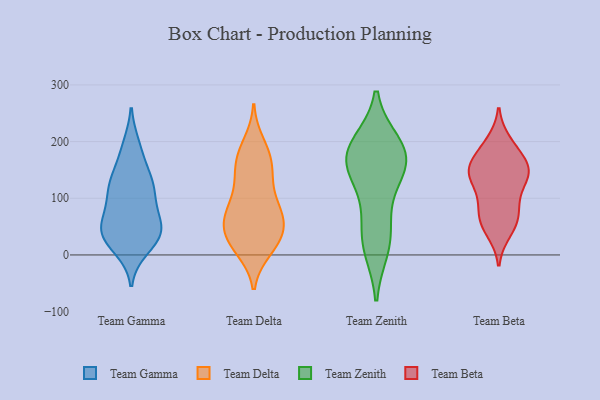
{"axis": {"x": "Population (Million)", "y": "Value"}, "legend": ["Team Beta", "Team Delta", "Team Gamma", "Team Zenith"], "data": [{"x": "", "y": 12, "type": "Team Gamma"}, {"x": "", "y": 139, "type": "Team Gamma"}, {"x": "", "y": 122, "type": "Team Gamma"}, {"x": "", "y": 40, "type": "Team Gamma"}, {"x": "", "y": 130, "type": "Team Gamma"}, {"x": "", "y": 25, "type": "Team Gamma"}, {"x": "", "y": 192, "type": "Team Gamma"}, {"x": "", "y": 95, "type": "Team Gamma"}, {"x": "", "y": 183, "type": "Team Gamma"}, {"x": "", "y": 39, "type": "Team Gamma"}, {"x": "", "y": 47, "type": "Team Gamma"}, {"x": "", "y": 29, "type": "Team Gamma"}, {"x": "", "y": 124, "type": "Team Gamma"}, {"x": "", "y": 105, "type": "Team Gamma"}, {"x": "", "y": 48, "type": "Team Gamma"}, {"x": "", "y": 72, "type": "Team Gamma"}, {"x": "", "y": 53, "type": "Team Gamma"}, {"x": "", "y": 12, "type": "Team Delta"}, {"x": "", "y": 79, "type": "Team Delta"}, {"x": "", "y": 67, "type": "Team Delta"}, {"x": "", "y": 10, "type": "Team Delta"}, {"x": "", "y": 145, "type": "Team Delta"}, {"x": "", "y": 37, "type": "Team Delta"}, {"x": "", "y": 196, "type": "Team Delta"}, {"x": "", "y": 42, "type": "Team Delta"}, {"x": "", "y": 22, "type": "Team Delta"}, {"x": "", "y": 21, "type": "Team Delta"}, {"x": "", "y": 134, "type": "Team Delta"}, {"x": "", "y": 174, "type": "Team Delta"}, {"x": "", "y": 66, "type": "Team Delta"}, {"x": "", "y": 178, "type": "Team Delta"}, {"x": "", "y": 89, "type": "Team Delta"}, {"x": "", "y": 129, "type": "Team Delta"}, {"x": "", "y": 87, "type": "Team Delta"}, {"x": "", "y": 62, "type": "Team Delta"}, {"x": "", "y": 165, "type": "Team Delta"}, {"x": "", "y": 50, "type": "Team Delta"}, {"x": "", "y": 190, "type": "Team Zenith"}, {"x": "", "y": 172, "type": "Team Zenith"}, {"x": "", "y": 173, "type": "Team Zenith"}, {"x": "", "y": 162, "type": "Team Zenith"}, {"x": "", "y": 23, "type": "Team Zenith"}, {"x": "", "y": 13, "type": "Team Zenith"}, {"x": "", "y": 195, "type": "Team Zenith"}, {"x": "", "y": 119, "type": "Team Zenith"}, {"x": "", "y": 157, "type": "Team Zenith"}, {"x": "", "y": 56, "type": "Team Zenith"}, {"x": "", "y": 57, "type": "Team Beta"}, {"x": "", "y": 157, "type": "Team Beta"}, {"x": "", "y": 137, "type": "Team Beta"}, {"x": "", "y": 138, "type": "Team Beta"}, {"x": "", "y": 144, "type": "Team Beta"}, {"x": "", "y": 151, "type": "Team Beta"}, {"x": "", "y": 91, "type": "Team Beta"}, {"x": "", "y": 150, "type": "Team Beta"}, {"x": "", "y": 41, "type": "Team Beta"}, {"x": "", "y": 149, "type": "Team Beta"}, {"x": "", "y": 111, "type": "Team Beta"}, {"x": "", "y": 67, "type": "Team Beta"}, {"x": "", "y": 177, "type": "Team Beta"}, {"x": "", "y": 83, "type": "Team Beta"}, {"x": "", "y": 193, "type": "Team Beta"}, {"x": "", "y": 54, "type": "Team Beta"}, {"x": "", "y": 199, "type": "Team Beta"}]}